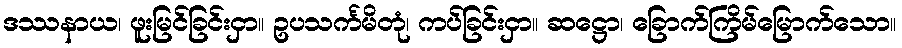
ဒဿနာယ၊ ဖူးမြင်ခြင်းငှာ။ ဥပသင်္ကမိတုံ၊ ကပ်ခြင်းငှာ။ ဆဋ္ဌော၊ ခြောက်ကြိမ်မြောက်သော။